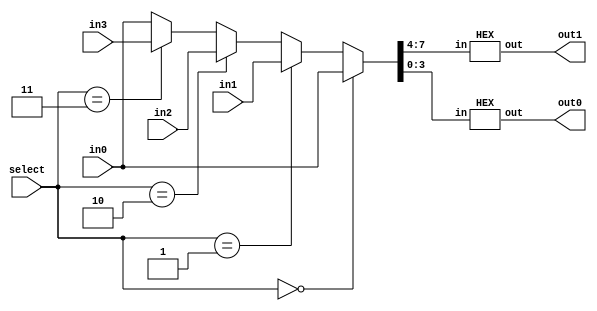
// ---------------------------------------------------------------------
// Copyright (c) 2007 by University of Toronto ECE 243 development team 
// ---------------------------------------------------------------------
//
// Major Functions:	Three modules included: HEX, HEXs, chooseHEXs
//
//					HEX:	decode a four-bit input value into
//							7-segment HEX display signals (0 to F)
//					HEXs:	decode four 8-bit inputs to eight 7-segment
//							HEX display signals (not compatible with DE1)
//					chooseHEXs:	decode four 8-bit inputs to a single
//								selected 7-segment HEX display singnals
//								(compatible with both DE1 and DE2)
//
// Input(s):		HEX
//						 in: 4-bit input (HEX: 0 to F)
//					HEXs
//						 in0 - in4: four 8-bit input (HEX: 00 to FF)
//					chooseHEXs
//						 in0-in4: four 8-bit input (HEX: 00 to FF)
//						 select: two-bit input controlling output decoded
//								 signals
//
// Output(s):		HEX/HEXs/chooseHEXs
//						 out: seven-segment display decoded value(s) 
//
// ---------------------------------------------------------------------

module chooseHEXs
(
in0, in1, in2, in3,
select, out1, out0
);
input 	[7:0] in0, in1, in2, in3;
input	[1:0] select;
output 	[6:0] out0, out1;

reg		[7:0] temp_in;

always@(*)
begin
	if( select == 0 )
		temp_in = in0;
	else if( select == 1 )
		temp_in = in1;
	else if( select == 2 )
		temp_in = in2;
	else if( select == 3 )
		temp_in = in3;
	else
		temp_in = in0;
end

HEX hex0 ( temp_in[7:4], out1 );
HEX hex1 ( temp_in[3:0], out0 );

endmodule

module HEXs
(
in0, in1, in2, in3,
CounterIn,CounterEnable,
out0, out1, out2, out3,
out4, out5, out6, out7
);
input 	[7:0] in0, in1, in2, in3;
input		[15:0]CounterIn;
input		CounterEnable;

wire		[3:0]display_0, display_1, display_2, display_3;

output 	[6:0] out0, out1, out2, out3;
output 	[6:0] out4, out5, out6, out7;

assign display_0 = (CounterEnable) ? CounterIn[3:0]:in3[3:0];
assign display_1 = (CounterEnable) ? CounterIn[7:4]:in3[7:4];
assign display_2 = (CounterEnable) ? CounterIn[11:8]:in2[3:0];
assign display_3 = (CounterEnable) ? CounterIn[15:12]:in2[7:4];



HEX hex0 ( in0[7:4], out7 );
HEX hex1 ( in0[3:0], out6 );
HEX hex2 ( in1[7:4], out5 );
HEX hex3 ( in1[3:0], out4 );
HEX hex4 ( display_3, out3 );
HEX hex5 ( display_2, out2 );
HEX hex6 ( display_1, out1 );
HEX hex7 ( display_0, out0 );
//HEX hex4 ( in2[7:4], out3 );
//HEX hex5 ( in2[3:0], out2 );
//HEX hex6 ( in3[7:4], out1 );
//HEX hex7 ( in3[3:0], out0 );

endmodule

module HEX (in, out);
input 	[3:0] in;
output 	[6:0] out;

reg [6:0] out;

always @(in)
begin
	case (in)
		0: out = 7'b1000000;
		1: out = 7'b1111001;
		2: out = 7'b0100100;
		3: out = 7'b0110000;
		4: out = 7'b0011001;
		5: out = 7'b0010010;
		6: out = 7'b0000010;
		7: out = 7'b1111000;
		8: out = 7'b0000000;
		9: out = 7'b0010000;
		10: out = 7'b0001000;
		11: out = 7'b0000011;
		12: out = 7'b1000110;
		13: out = 7'b0100001;
		14: out = 7'b0000110;
		15: out = 7'b0001110;
	endcase
end

endmodule